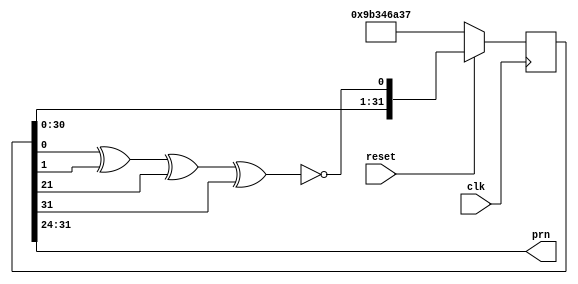
/*********************************************
* Derek Prince                               *
* ECEN 2350: Digital Logic                   *
* LFSR PRNG Generator Guessing Game          *
* Altera Cyclone 3 EP3C16F484                *
*                                            *
*                                            *
**********************************************

Copyright (c) 2016 Derek Prince

Permission is hereby granted, free of charge, to any person obtaining a copy
of this software and associated documentation files (the "Software"), to deal
in the Software without restriction, including without limitation the rights
to use, copy, modify, merge, publish, distribute, sublicense, and/or sell
copies of the Software, and to permit persons to whom the Software is
furnished to do so, subject to the following conditions:

The above copyright notice and this permission notice shall be included in all
copies or substantial portions of the Software.

THE SOFTWARE IS PROVIDED "AS IS", WITHOUT WARRANTY OF ANY KIND, EXPRESS OR
IMPLIED, INCLUDING BUT NOT LIMITED TO THE WARRANTIES OF MERCHANTABILITY,
FITNESS FOR A PARTICULAR PURPOSE AND NONINFRINGEMENT. IN NO EVENT SHALL THE
AUTHORS OR COPYRIGHT HOLDERS BE LIABLE FOR ANY CLAIM, DAMAGES OR OTHER
LIABILITY, WHETHER IN AN ACTION OF CONTRACT, TORT OR OTHERWISE, ARISING FROM,
OUT OF OR IN CONNECTION WITH THE SOFTWARE OR THE USE OR OTHER DEALINGS IN THE
SOFTWARE.

*/

// -99 to 99 range is 199 values, so the closest power of 2 is 2^8, or 8 bits.
// This will be the output, though a 255 bit string is long enough to do the job.
// 1st bit is sign bit.

//I'll use 32 bits because that's a nice multiple of 8 and it doesn't really matter.
// at a length of 32, the sequence will be ~4 billion which can be checked in ~4 seconds at a GHz clock. an hour at 1MHz
module LFSRprng(clk, reset, prn);
  input clk, reset;  	//Sould probably make these things the same? Maybe not.
  reg [31:0] mondobits;             //FF memory
  output [7:0] prn;                 //pseudo-random number output (8-bit)
  wire tap;
  assign tap = ~(mondobits[0] ^ mondobits[1] ^ mondobits[21] ^ mondobits[31]);	//feedback. Taps at 1, 2, 22, 32.
  //Shift Register Start
  always@ (posedge clk) begin //
      mondobits = reset ? {mondobits[30:0], tap} : 32'b10011011001101000110101000110111; // assign a less boring reset state
  end
  assign prn = mondobits[31:24];  //grab the most significant 8 bits for the output.

endmodule //LFSRprng